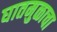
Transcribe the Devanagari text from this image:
घातमुळाचा